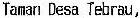
TAMAN DESA TEBRAU,